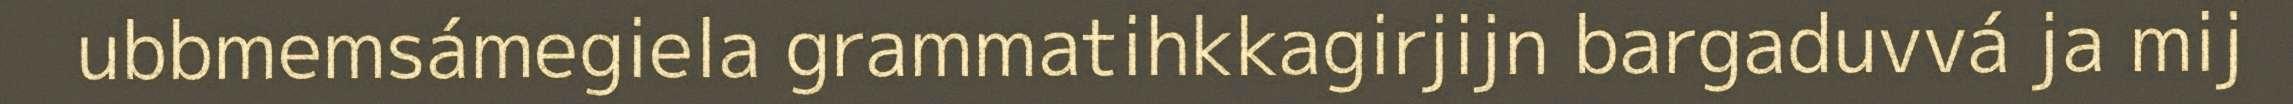
ubbmemsámegiela grammatihkkagirjijn bargaduvvá ja mij